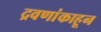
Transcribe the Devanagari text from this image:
द्रवणांकाहून